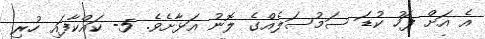
އެ އަށް ފަހު ކުޑަ ސަމުސަލެއްގެ ލޮނު އަޅާށެވެ. 5- ކައްކާފައި ހުރި